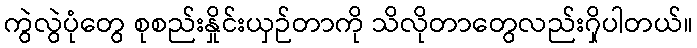
ကွဲလွဲပုံတွေ စုစည်းနှိုင်းယှဉ်တာကို သိလိုတာတွေလည်း၇ှိပါတယ်။